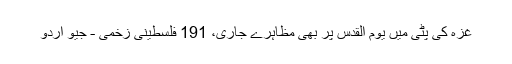
غزہ کی پٹی میں یوم القدس پر بھی مظاہرے جاری، 191 فلسطینی زخمی - جیو اردو